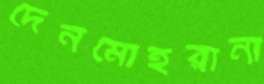
দেনমোহরানা